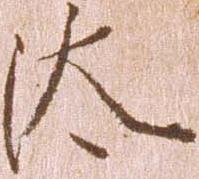
汰